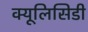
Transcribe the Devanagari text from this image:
क्यूलिसिडी